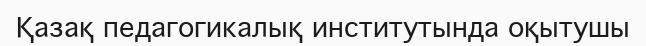
Қазақ педагогикалық институтында оқытушы